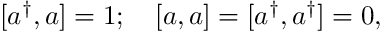
\lbrack a ^ { \dagger } , a ] = 1 ; \quad \left[ a , a \right] = [ a ^ { \dagger } , a ^ { \dagger } ] = 0 ,